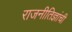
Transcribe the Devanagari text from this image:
राजनीतिज्ञांची